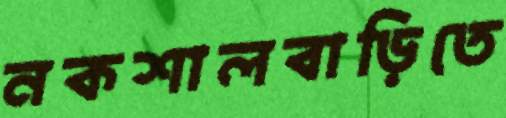
নকশালবাড়িতে